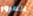
المرور